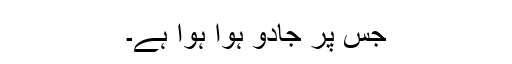
جس پر جادو ہوا ہوا ہے۔